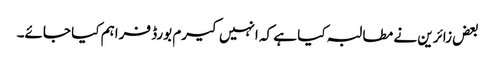
بعض زائرین نے مطالبہ کیا ہے کہ انہیں کیرم بورڈ فراہم کیا جائے۔